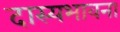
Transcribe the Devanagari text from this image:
दास्यभावना